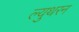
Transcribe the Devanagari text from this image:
ल्युथरन